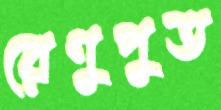
রেণুপুত